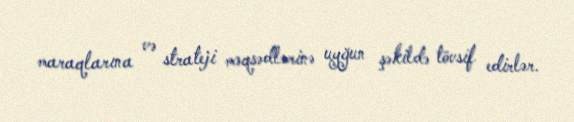
maraqlarına və strateji məqsədlərinə uyğun şəkildə tövsif edirlər.